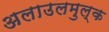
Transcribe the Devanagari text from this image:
अलाउलमुल्क